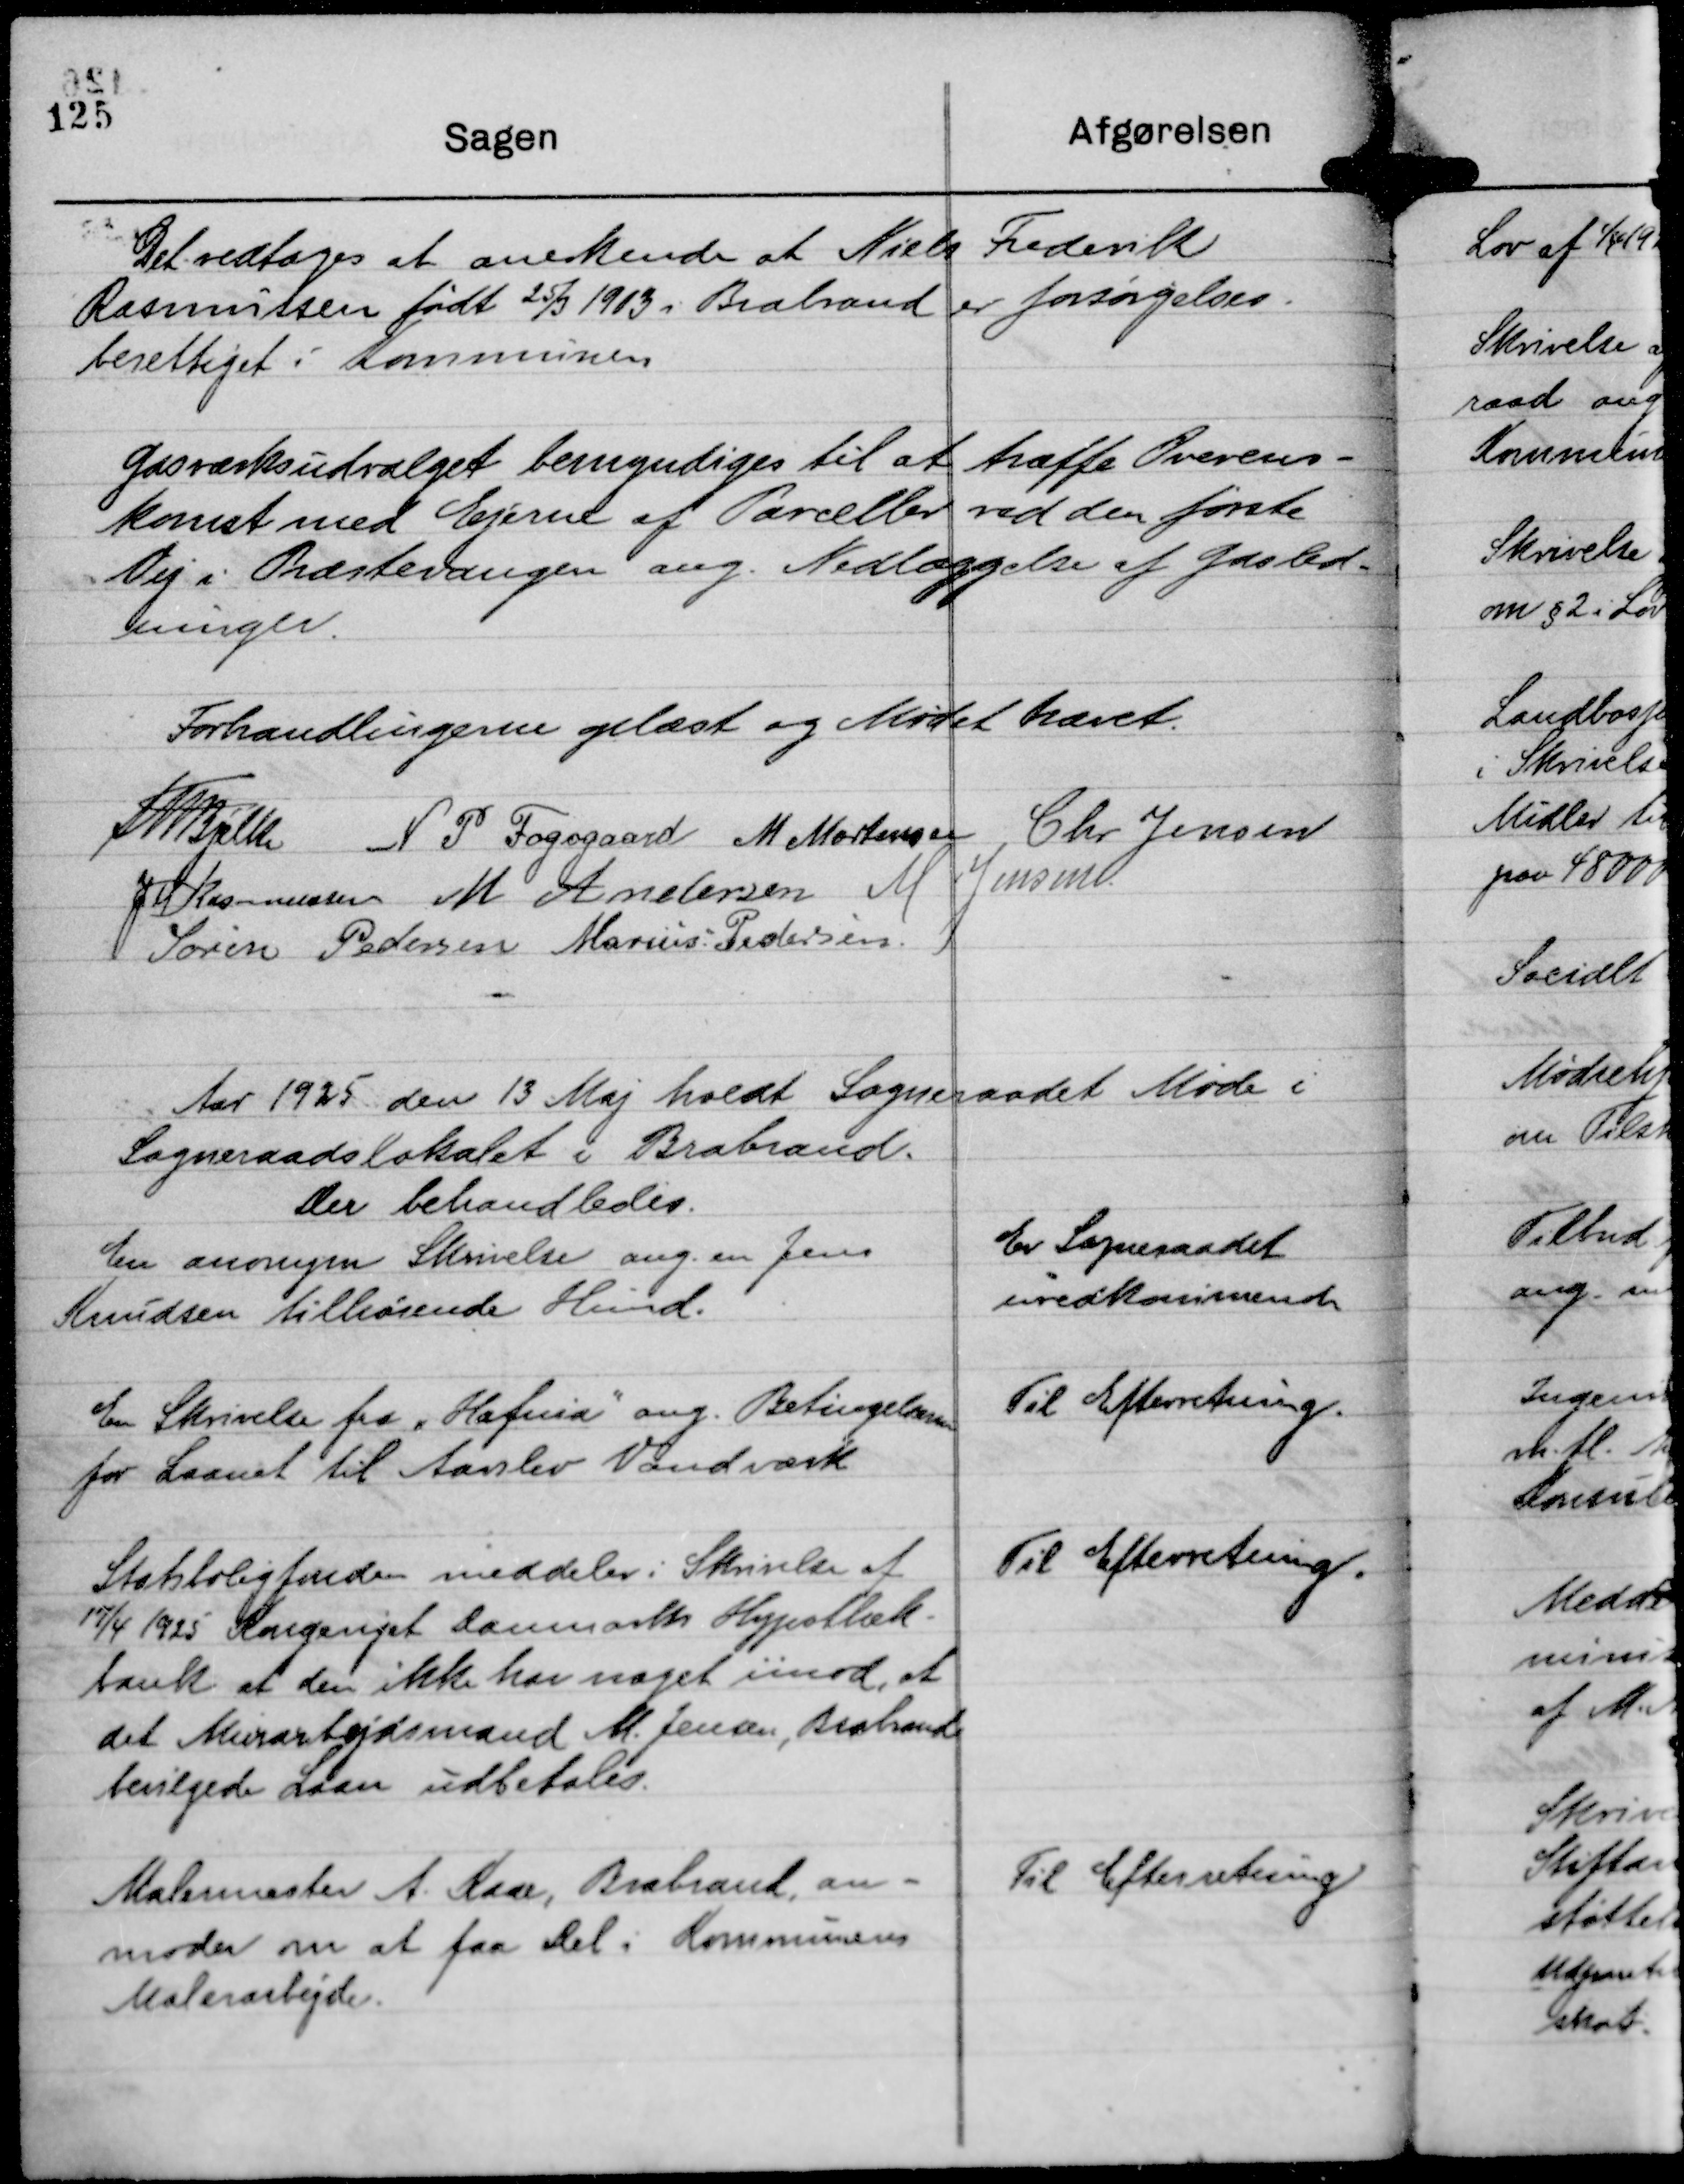
Transskription:
Det vedtages at anerkende at Niels Frederik
Rasmussen født 25/3 1913 i Brabrand er forsørgelses-
berettiget i Kommunen

Gasværksudvalget bemyndiges til at træffe Overens-
komst med Ejerne af Parceller ved den første
Vej i Præstevangen ang. Nedlæggelse af Gasled-
ninger.

Forhandlingerne oplæst og Mødet hævet.
Th Bjelke
N P Fogsgaard
M Mortensen
Chr Jensen
JM Rasmussen
M Andersen
M Jensen
Søren Pedersen
Marius Pedersen

Aar 1925 den 13 Maj holdt Sogneraadet Møde i
Sogneraadslokalet i Brabrand.
Der behandledes.

En anonym Skrivelse ang. en Jens
Knudsen tilhørende Hund.

Er Sogneraadet
uvedkommende

En Skrivelse fra "Hafnia" ang. Betingelserne
for Laanet til Aarslev Vandværk

Til Efterretning.

Statsboligfonden meddeler i Skrivelse af
17/4 1925 Kongeriget Danmarks Hypothek-
bank at den ikke har noget imod, at
det Murarbejdsmand M. Jensen, Brabrand
bevilgede Laan udbetales.

Til Efterretning.

Malermester A. Kaae, Brabrand, an-
moder om at faa Del i Kommunens
Malerarbejde.

Til Efterretning